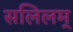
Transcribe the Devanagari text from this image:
सलिलम्